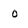
Character: 0